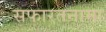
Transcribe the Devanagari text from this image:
सफारतनामा